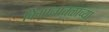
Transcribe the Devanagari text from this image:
विमानातळाच्या